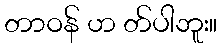
တာဝန် ဟ တ်ပါဘူး။